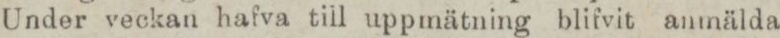
Under veckan hafva till uppmätning blifvit anmälda